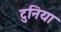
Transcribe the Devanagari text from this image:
टुनिया